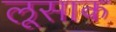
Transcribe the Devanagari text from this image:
लूसाक